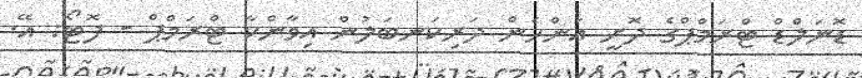
ޑޮނަލްޑް ޓްރަމްޕްގެ ދޮށީ އަންހެން ދަރިކަނބަލުން އިވާންކާ ޓްރަމްޕް - ފޮޓޯ: އޭ.